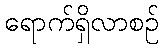
ရောက်ရှိလာစဉ်